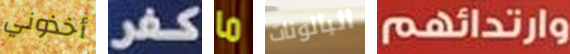
أخذوني كفر ما البالونات وارتدائهم